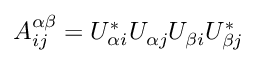
A _ { i j } ^ { \alpha \beta } = U _ { \alpha i } ^ { * } U _ { \alpha j } U _ { \beta i } U _ { \beta j } ^ { * }